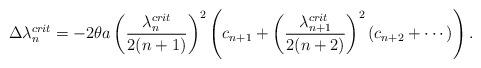
LaTeX: \begin{align*}\Delta \lambda _n ^{crit} = - 2 \theta a \left( \frac{ \lambda _n ^{crit} }{2(n+1)} \right) ^2 \left( c_{n+1} + \left( \frac{ \lambda _{n+1} ^{crit} }{2(n+2)} \right) ^2 \left( c_{n+2} + \cdots \right) \right).\end{align*}